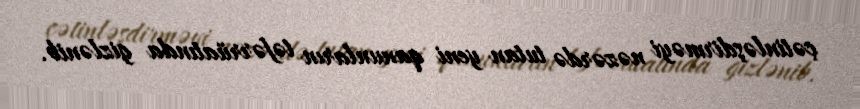
çətinləşdirməyi nəzərdə tutan yeni qanunların təfərrüatında gizlənib.